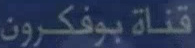
قناةبوفكرون